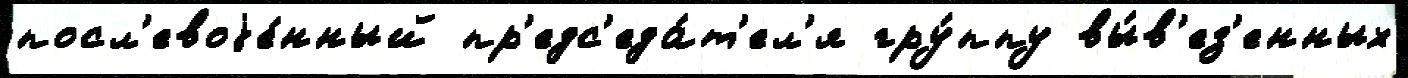
посл'евоjе́нный пр'едс'еда́т'ел'я гру́ппу вы́в'ез'енных